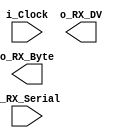
module uart_rx
#(parameter CLKS_PER_BIT = 217)(
  input        i_Clock,
  input        i_RX_Serial,
  output       o_RX_DV,
  output [7:0] o_RX_Byte
);



endmodule